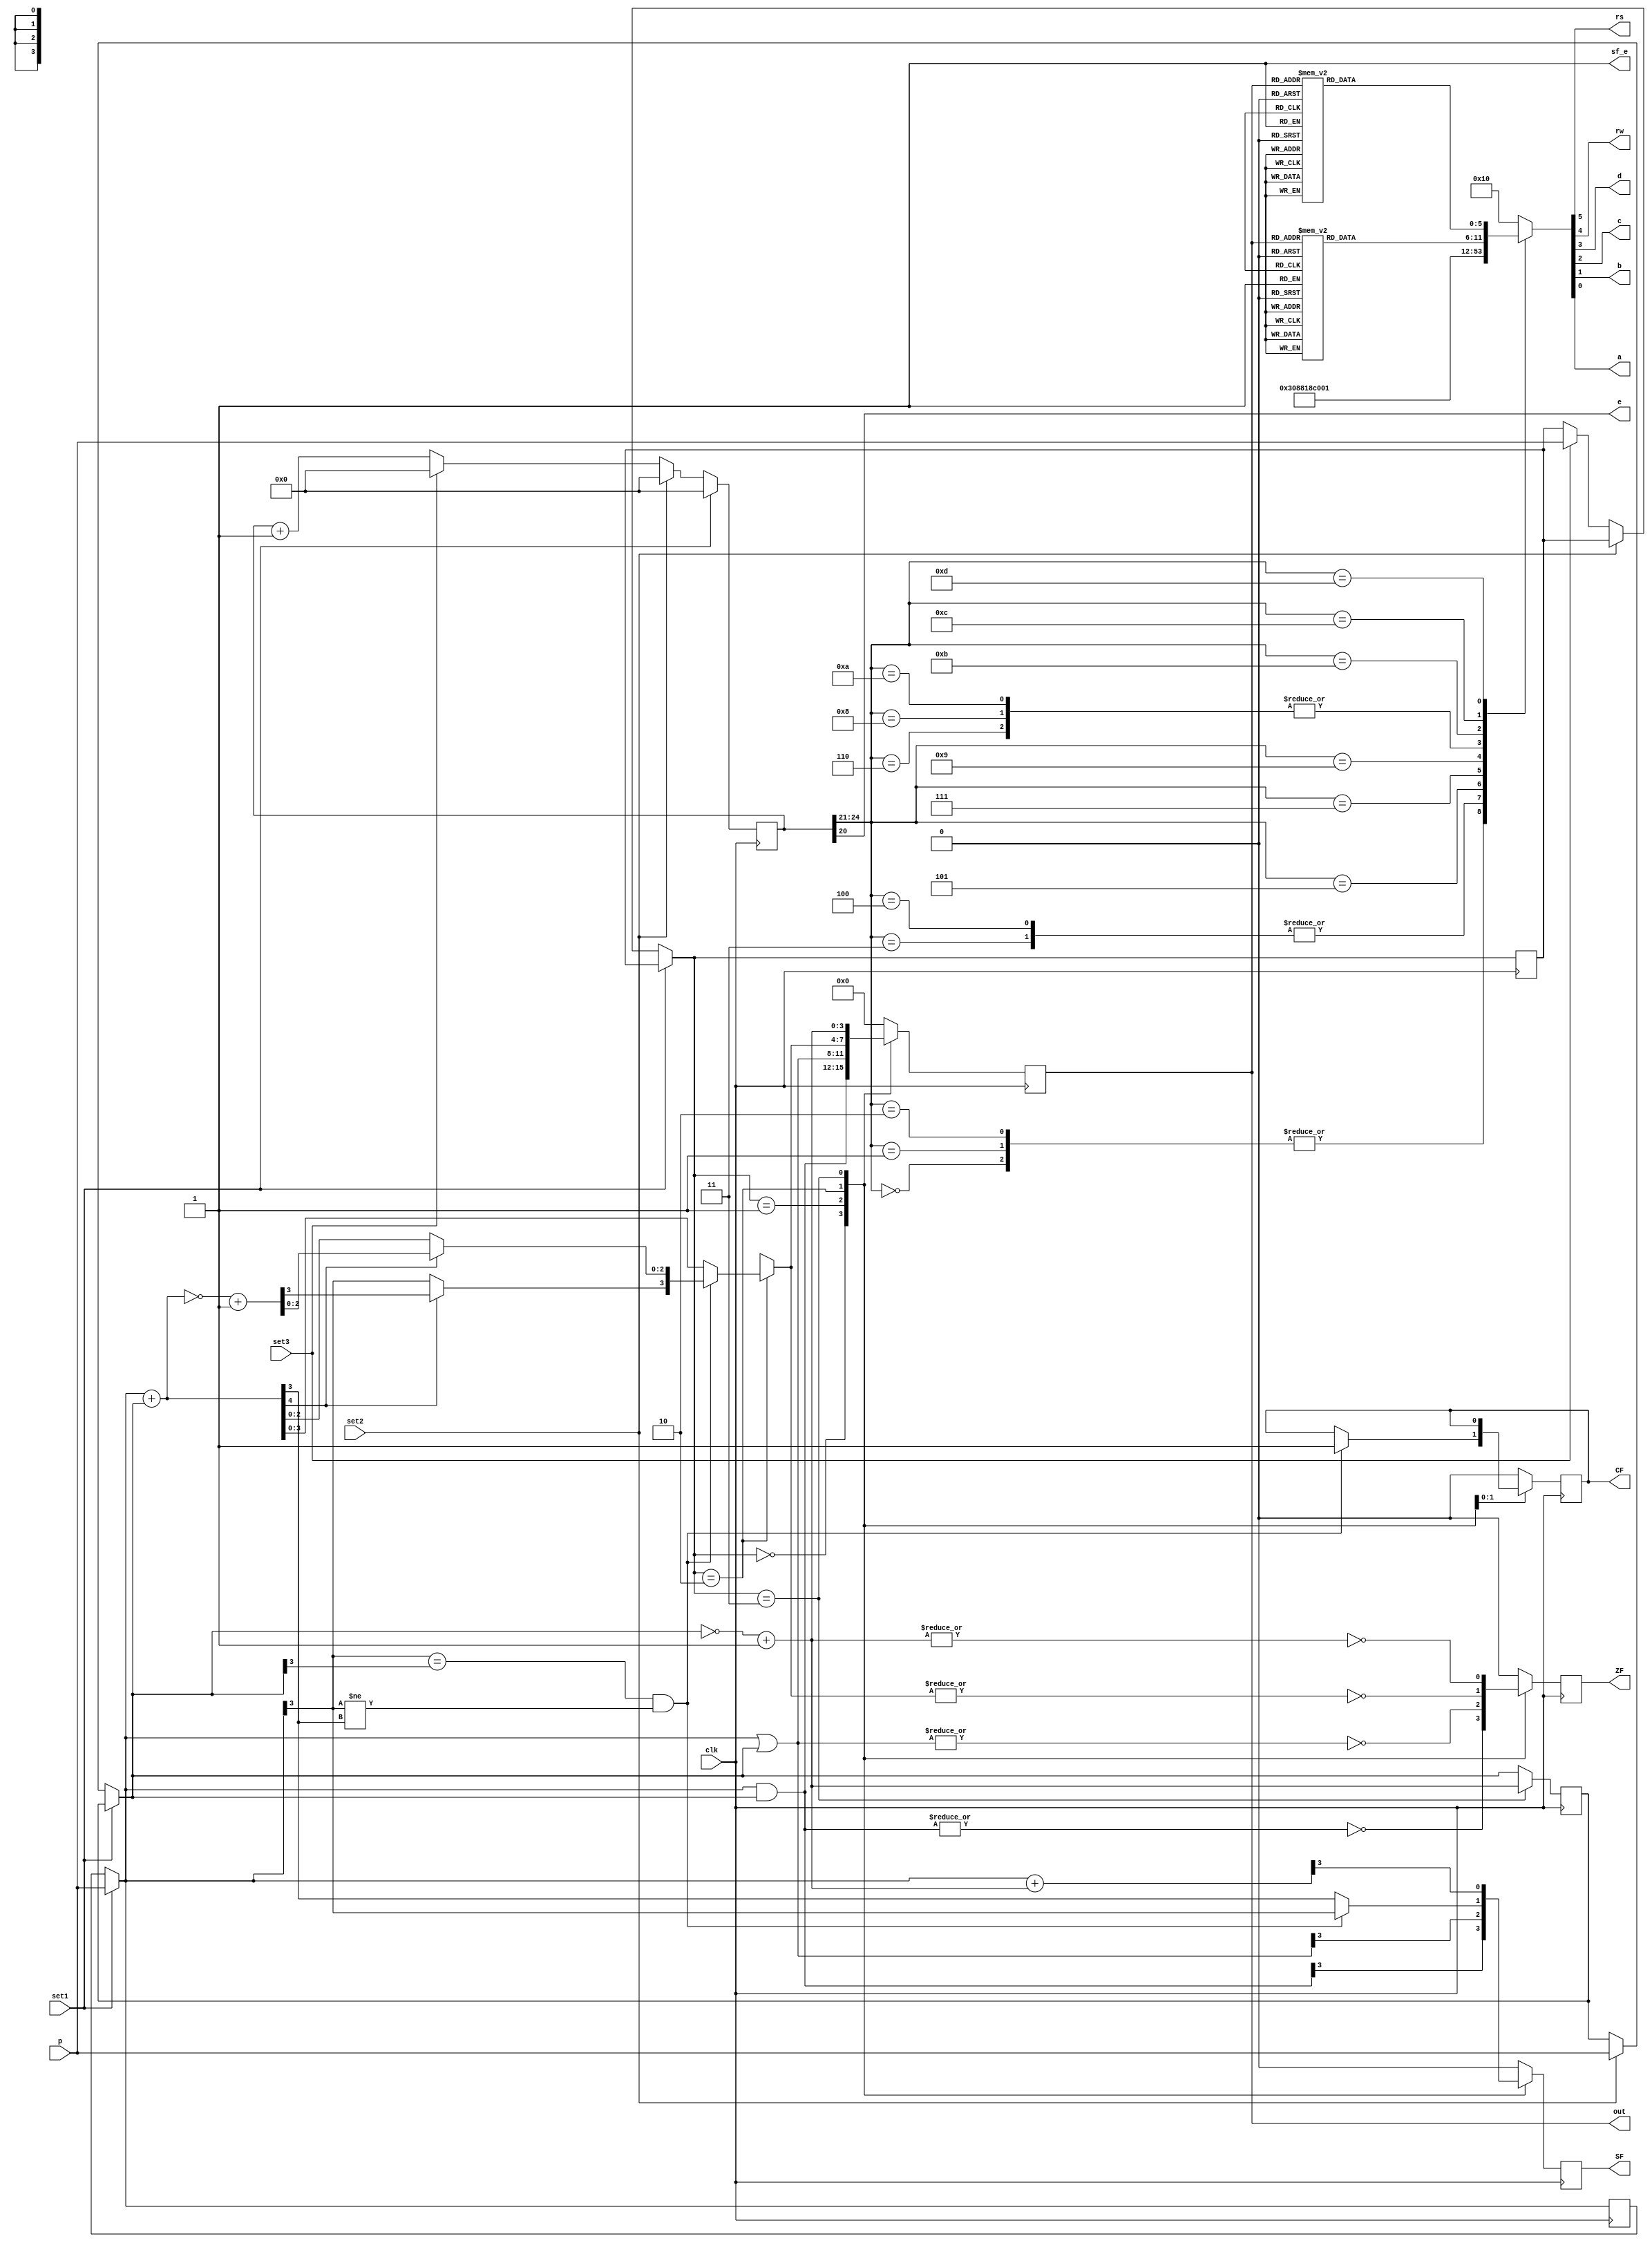
`timescale 1ns / 1ps
//////////////////////////////////////////////////////////////////////////////////
// Company: 
// Engineer: 
// 
// Design Name: 
// Module Name:    alu4 
// Project Name: 
// Target Devices: 
// Tool versions: 
// Description: 
//
// Dependencies: 
//
// Revision: 
// Revision 0.01 - File Created
// Additional Comments: 
//
//////////////////////////////////////////////////////////////////////////////////
module alu4(
	input [3:0]p,
	input set1,
	input set2,
	input set3,
	input clk,
	output reg [3:0]out,
	output reg CF,
	output reg ZF,
	output reg SF,
// for display registers
	output reg e,
	output reg sf_e, // 1 LCD access (0 strataFlash access)
	output reg rs,// Register Select (1 data bits for R/W)
	output reg rw,// Read/Write 1/0
(* LOC = "M15" *) output reg d,	// 4th data bits (to form a nibble)
(* LOC = "P17" *) output reg c,	// 3rd data bits (to form a nibble)
(* LOC = "R16" *) output reg b,	// 2nd data bits (to form a nibble)
(* LOC = "R15" *) output reg a	// 1st data bits (to form a nibble)

);
	reg [3:0] n1,n2,n3;
	reg [4:0] temp;
	reg [5:0] code;
	reg [24:0]count;
	reg refresh;
	
	always @(posedge clk) begin
		if(set1 == 1) begin
			n1 = p;
			count = 0;
		end
		else if(set2 == 1) begin
			n2 = p;
			count = 0;
		end
		else if(set3 == 1) begin
			n3 = p;
			count = 0;
		end
		else begin
			count = count+1;
		end

		case (n3)
			0:
				begin
					out = n1 & n2;
					CF = 1'b0;
					ZF = ~(|out);
					SF = out[3];
				end
			1:
				begin
					out = n1 | n2;
					CF = 1'b0;
					ZF = ~(|out);
					SF = out[3];
				end
			2:
				begin
					temp = n1 + n2;
					SF = temp[3];
					if(n1[3] == n2[3] && n1[3] != temp[3]) begin
						CF = 1'b1;
						SF = n1[3];
						if (temp[4] == 1'b1) begin
							temp = ~temp;
							temp = temp + 1;
						end
						else begin
							temp[3] = SF;
						end
					end
					out = temp[3:0];
					ZF = ~(|out);
					
				end
			3:
				begin
					
					n2 = (~n2);
					n2 = n2 + 1;
					temp = n1 + n2;
					SF = temp[3];
					
					out = n2;
					/*
					out[0] = temp[0];
					out[1] = temp[1];
					out[2] = temp[2];
					out[3] = temp[3];*/
					ZF = ~(|out);
				end
			default:
				begin
					out = 4'b0;
					CF = 1'b0;
					ZF = 1'b0;
					SF = 1'b0;
				end
		endcase
	end
	
	always @(n1 or n2 or n3 or count) begin
	
	case (count[24:21])
		// Initialization
	0: code <= 6'h03;
	1: code <= 6'h03;
	2: code <= 6'h03;
	3: code <= 6'h02;	
	
	// Function Set -- Send 00 and upper nibble 0010, then 00 and lower nibble 10xx
	4: code <= 6'h02; // Function Set, upper nibble 0010 
	5: code <= 6'h08; // lower nibble 1000 (10xx)
	
	// Entry Mode -- send 00 and upper nibble: I/D bit (Incr 1, Decr 0), S bit (Shift 1, 0 no) 
	6: code <= 6'h00; 
	7: code <= 6'h06; 
	
	// Display On/Off 
	// send 00 and upper nibble 0000, then 00 and lower nibble 1 DCB 
	// D: 1, show char represented by code in DDR, 0 don't, but code remains 
	// C: 1, show cursor, 0 don't 
	// B: 1, cursor blinks (if shown), 0 don't blink (if shown) 
	8: code <= 6'h00; // Display On/Off, upper nibble 0000 
	9: code <= 6'h0C; // lower nibble 1111 (1 D C B)
	
	// Clear Display, 00 and upper nibble 0000, 00 and lower nibble 0001 
	10: code <= 6'h00; 
	11: code <= 6'h01; 
	12: 	begin
			case (out)
			0: code <= 6'h23; // '0' high nibble 
			1: code <= 6'h23; // '1' high nibble 
			2: code <= 6'h23; // '2' high nibble 
			3: code <= 6'h23; // '3' high nibble 
			4: code <= 6'h23; // '4' high nibble 
			5: code <= 6'h23; // '5' high nibble 
			6: code <= 6'h23; // '6' high nibble 
			7: code <= 6'h23; // '07' high nibble 
			8: code <= 6'h23; // '08' high nibble 		
			9: code <= 6'h23; // '9' high nibble 				
			10:code <= 6'h26; // 'a' high nibble 
			11:code <= 6'h26; // 'b' high nibble 
			12:code <= 6'h26; // 'c' high nibble 	
			13:code <= 6'h26; // 'd' high nibble 
			14:code <= 6'h26; // 'e' high nibble 
			15:code <= 6'h26; // 'f' high nibble 
			endcase
			end
		13: begin
			// Display for lower nibble
			case (out)
			0: code <= 6'h20; // '0' low nibble 
			1: code <= 6'h21; // '1' low nibble 
			2: code <= 6'h22; // '2' low nibble 
			3: code <= 6'h23; // '3' low nibble 
			4: code <= 6'h24; // '4' low nibble 
			5: code <= 6'h25; // '5' low nibble 
			6: code <= 6'h26; // '6' low nibble 
			7: code <= 6'h27; // '7' low nibble 
			8: code <= 6'h28; // '8' low nibble 			
			9: code <= 6'h29; // '9' low nibble 
			10:code <= 6'h21; // 'a' low nibble
			11:code <= 6'h22; // 'b' low nibble 
			12:code <= 6'h23; // 'c' low nibble 	
			13:code <= 6'h24; // 'd' low nibble 
			14:code <= 6'h25; // 'e' low nibble 
			15:code <= 6'h26; // 'f' low nibble 
			endcase
			end
		default: code <= 6'h10; // the rest unused time 
	endcase
	refresh <= count[ 20 ]; 
	sf_e <= 1;
	e <= refresh;
		rs = code[5]; rw = code[4]; 
		d = code[3]; c = code[2];  
		b = code[1]; a = code[0]; 
		//#500;
	end
	

endmodule